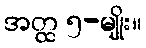
အတ္ထ ၅-မျိုး။